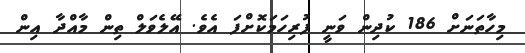
މިހާތަނަށް 186 ކުދިން ވަނީ ފުރިހަމަކޮށްފަ އެވެ. އޭލެވަލް ތިން މާއްދާ އިން